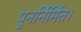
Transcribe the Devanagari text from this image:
पुनर्निर्मित।